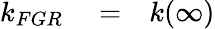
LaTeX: \begin{array}{rlr}{k_{FGR}}&{{}=}&{k(\infty)}\end{array}